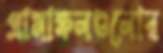
গ্রামাঞ্চলগুলোর